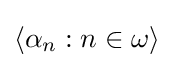
\langle \alpha _{n}:n\in \omega \rangle